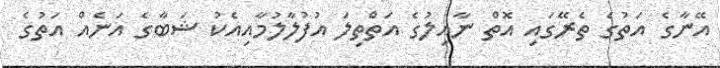
އޭނާގެ އަތުގެ ތެރޭގައި އޮތް ނާއިލުގެ އަތްތިލަ އުފުލާލުމާއިއެކު ޝަބާގެ އަނެއް އަތުގެ